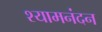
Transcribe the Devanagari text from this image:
श्यामनंदन